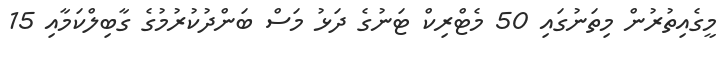
މީގެއިތުރުން މިތަނުގައި 50 މެޓްރިކް ޓަނުގެ ދަޅު މަސް ބަންދުކުރުމުގެ ގާބިލްކަމާއި 15